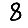
Digit: 8